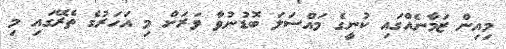
މިއިން ޒަމާނެއްގައި ކުނީގެ މައްސަލަ ބޮޑުނުވާ ވަރަށް މި އަހަރުގެ ތެރޭގައި މި